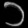
Digit: ၁